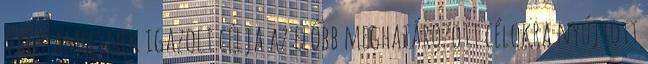
vagy amelynek igazolt célja az előbb meghatározott célokra nyújtott